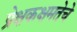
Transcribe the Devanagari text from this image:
प्रेक्षकक्षमतेचे